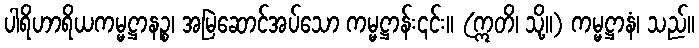
ပါရိဟာရိယကမ္မဋ္ဌာနဉ္စ၊ အမြဲဆောင်အပ်သော ကမ္မဋ္ဌာန်း၎င်း။ (ဣတိ၊ သို့။) ကမ္မဋ္ဌာနံ၊ သည်။